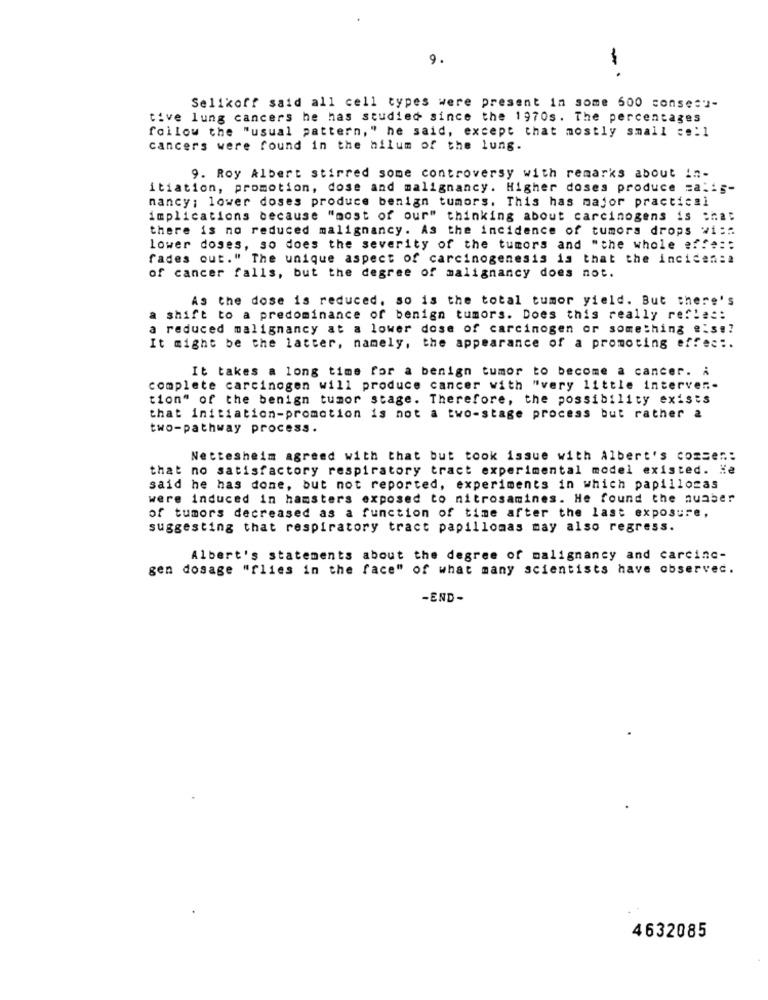
9.
-.
Selikoff said all cell types were present in some 600 conse:"-
tive lung cancers he has studied since the 1970s. The percentages
follow the "usual pattern," he said, except that mostly small :.: 1
cancers were found in the hilum of the lung.
9. Roy Albert stirred some controversy with remarks about in-
itiation, promotion, dose and malignancy. Higher doses produce zalig-
nancy ; lower doses produce benign tumors. This has major practical
implications because "most of our" thinking about carcinogens is :hat
there is no reduced malignancy. As the incidence of tumors drops wi ::
Lower doses, so does the severity of the tumors and "the whole effe ::
fades out." The unique aspect of carcinogenesis is that the inciden:a
of cancer falls, but the degree of malignancy does not.
As the dose is reduced, so is the total tumor yield. But there's
a shift to a predominance of benign tumors. Does this really reflec:
a reduced malignancy at a lower dose of carcinogen or something &'s !!
It might be the latter, namely, the appearance of a promoting effec :.
It takes a long time for a benign tumor to become a cancer. i
complete carcinogen will produce cancer with "very little interven.
tion" of the benign tumor stage. Therefore, the possibility exists
that initiation-promotion is not a two-stage process but rather a
two-pathway process.
Nettesheim agreed with that but took issue with Albert's comsen:
that no satisfactory respiratory tract experimental model existed. He
said he has done, but not reported, experiments in which papillogas
were induced in hamsters exposed to nitrosamines. He found the nuaber
of tumors decreased as a function of time after the last exposure,
suggesting that respiratory tract papillomas may also regress.
Albert's statements about the degree of malignancy and carcinc-
gen dosage "flies in the face" of what many scientists have observed.
-END-
4632085